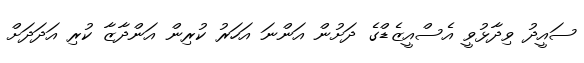
ސައީދު ވިދާޅުވީ އެސްއީޒެޑްގެ ދަށުން އަންނަ އަހަރު ކުރިން އަންދާޒާ ކުރި އަދަދަށް